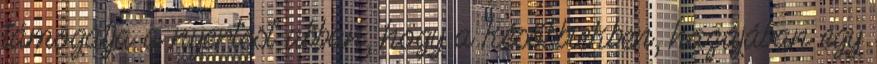
támogatja a nyertest abban, hogy a későbbiekben, hazájában egy